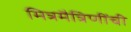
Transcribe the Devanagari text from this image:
मित्रमैत्रिणींची